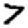
Digit: 7